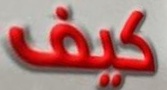
كیف